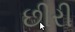
છીરી